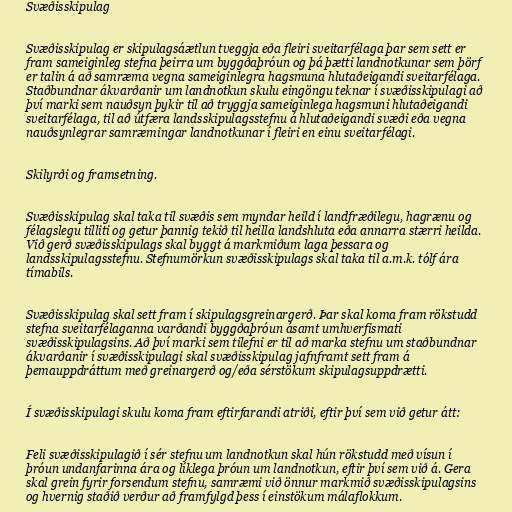
Svæðisskipulag

Svæðisskipulag er skipulagsáætlun tveggja eða fleiri sveitarfélaga þar sem sett er
fram sameiginleg stefna þeirra um byggðaþróun og þá þætti landnotkunar sem þörf
er talin á að samræma vegna sameiginlegra hagsmuna hlutaðeigandi sveitarfélaga.
Staðbundnar ákvarðanir um landnotkun skulu eingöngu teknar í svæðisskipulagi að
því marki sem nauðsyn þykir til að tryggja sameiginlega hagsmuni hlutaðeigandi
sveitarfélaga, til að útfæra landsskipulagsstefnu á hlutaðeigandi svæði eða vegna
nauðsynlegrar samræmingar landnotkunar í fleiri en einu sveitarfélagi.

Skilyrði og framsetning.

Svæðisskipulag skal taka til svæðis sem myndar heild í landfræðilegu, hagrænu og
félagslegu tilliti og getur þannig tekið til heilla landshluta eða annarra stærri heilda.
Við gerð svæðisskipulags skal byggt á markmiðum laga þessara og
landsskipulagsstefnu. Stefnumörkun svæðisskipulags skal taka til a.m.k. tólf ára
tímabils.

Svæðisskipulag skal sett fram í skipulagsgreinargerð. Þar skal koma fram rökstudd
stefna sveitarfélaganna varðandi byggðaþróun ásamt umhverfismati
svæðisskipulagsins. Að því marki sem tilefni er til að marka stefnu um staðbundnar
ákvarðanir í svæðisskipulagi skal svæðisskipulag jafnframt sett fram á
þemauppdráttum með greinargerð og/eða sérstökum skipulagsuppdrætti.

Í svæðisskipulagi skulu koma fram eftirfarandi atriði, eftir því sem við getur átt:

Feli svæðisskipulagið í sér stefnu um landnotkun skal hún rökstudd með vísun í
þróun undanfarinna ára og líklega þróun um landnotkun, eftir því sem við á. Gera
skal grein fyrir forsendum stefnu, samræmi við önnur markmið svæðisskipulagsins
og hvernig staðið verður að framfylgd þess í einstökum málaflokkum.